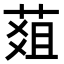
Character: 𦵔